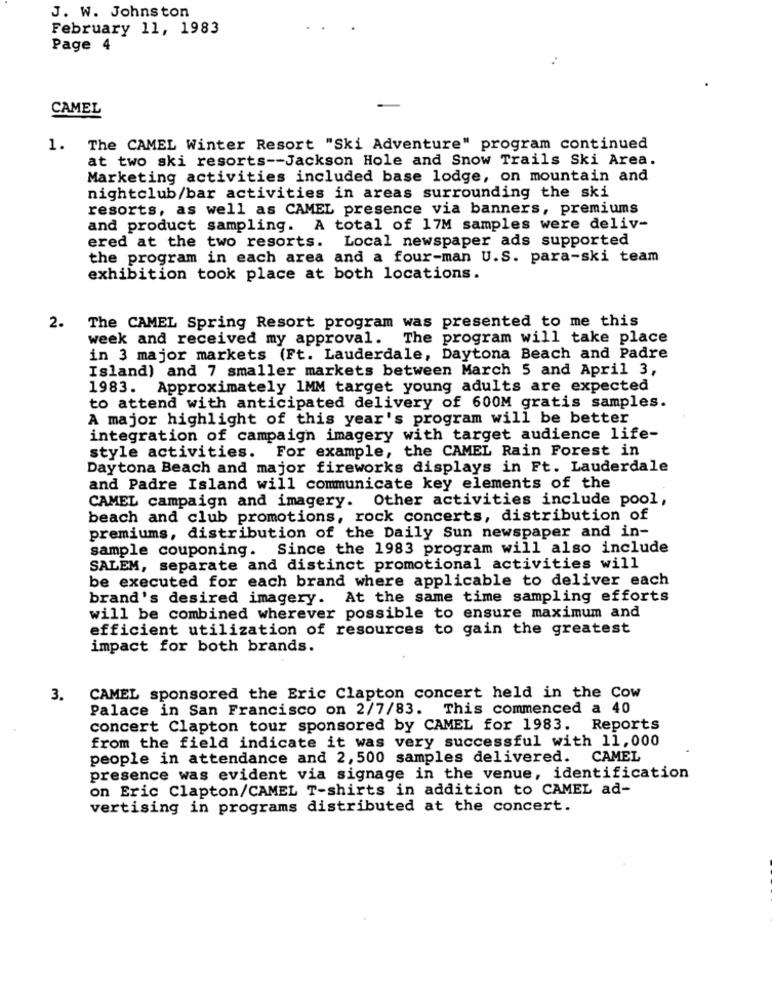
J. W. Johnston
February 11, 1983
Page 4
CAMEL
1. The CAMEL Winter Resort "Ski Adventure" program continued
at two ski resorts -- Jackson Hole and Snow Trails Ski Area.
Marketing activities included base lodge, on mountain and
nightclub/bar activities in areas surrounding the ski
resorts, as well as CAMEL presence via banners, premiums
and product sampling. A total of 17M samples were deliv-
ered at the two resorts. Local newspaper ads supported
the program in each area and a four-man U.S. para-ski team
exhibition took place at both locations.
2. The CAMEL Spring Resort program was presented to me this
week and received my approval. The program will take place
in 3 major markets (Ft. Lauderdale, Daytona Beach and Padre
Island) and 7 smaller markets between March 5 and April 3,
1983. Approximately 1MM target young adults are expected
to attend with anticipated delivery of 600M gratis samples.
A major highlight of this year's program will be better
integration of campaign imagery with target audience life-
style activities. For example, the CAMEL Rain Forest in
Daytona Beach and major fireworks displays in Ft. Lauderdale
and Padre Island will communicate key elements of the
CAMEL campaign and imagery. Other activities include pool,
beach and club promotions, rock concerts, distribution of
premiums, distribution of the Daily Sun newspaper and in-
sample couponing. Since the 1983 program will also include
SALEM, separate and distinct promotional activities will
be executed for each brand where applicable to deliver each
brand's desired imagery. At the same time sampling efforts
will be combined wherever possible to ensure maximum and
efficient utilization of resources to gain the greatest
impact for both brands.
3.
CAMEL sponsored the Eric Clapton concert held in the Cow
Palace in San Francisco on 2/7/83. This commenced a 40
concert Clapton tour sponsored by CAMEL for 1983.
Reports
from the field indicate it was very successful with 11,000
people in attendance and 2, 500 samples delivered. CAMEL
presence was evident via signage in the venue, identification
on Eric Clapton/CAMEL T-shirts in addition to CAMEL ad-
vertising in programs distributed at the concert.